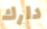
دارك